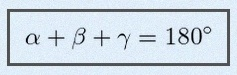
\alpha+\beta+\gamma=180^\circ